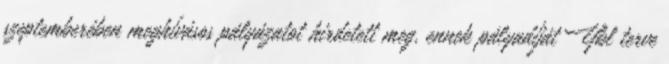
szeptemberében meghívásos pályázatot hirdetett meg, ennek pályadíját Ybl terve